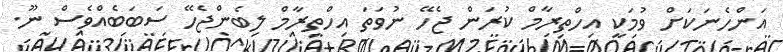
އަންހެނަކަށް ވުމަކީ އިހްތިރާމް ކުރަން ޖެހޭ ނުވަތަ އިހްތިރާމް ލިބެންޖެހޭ ސަބަބެއްވެސް ނޫ.